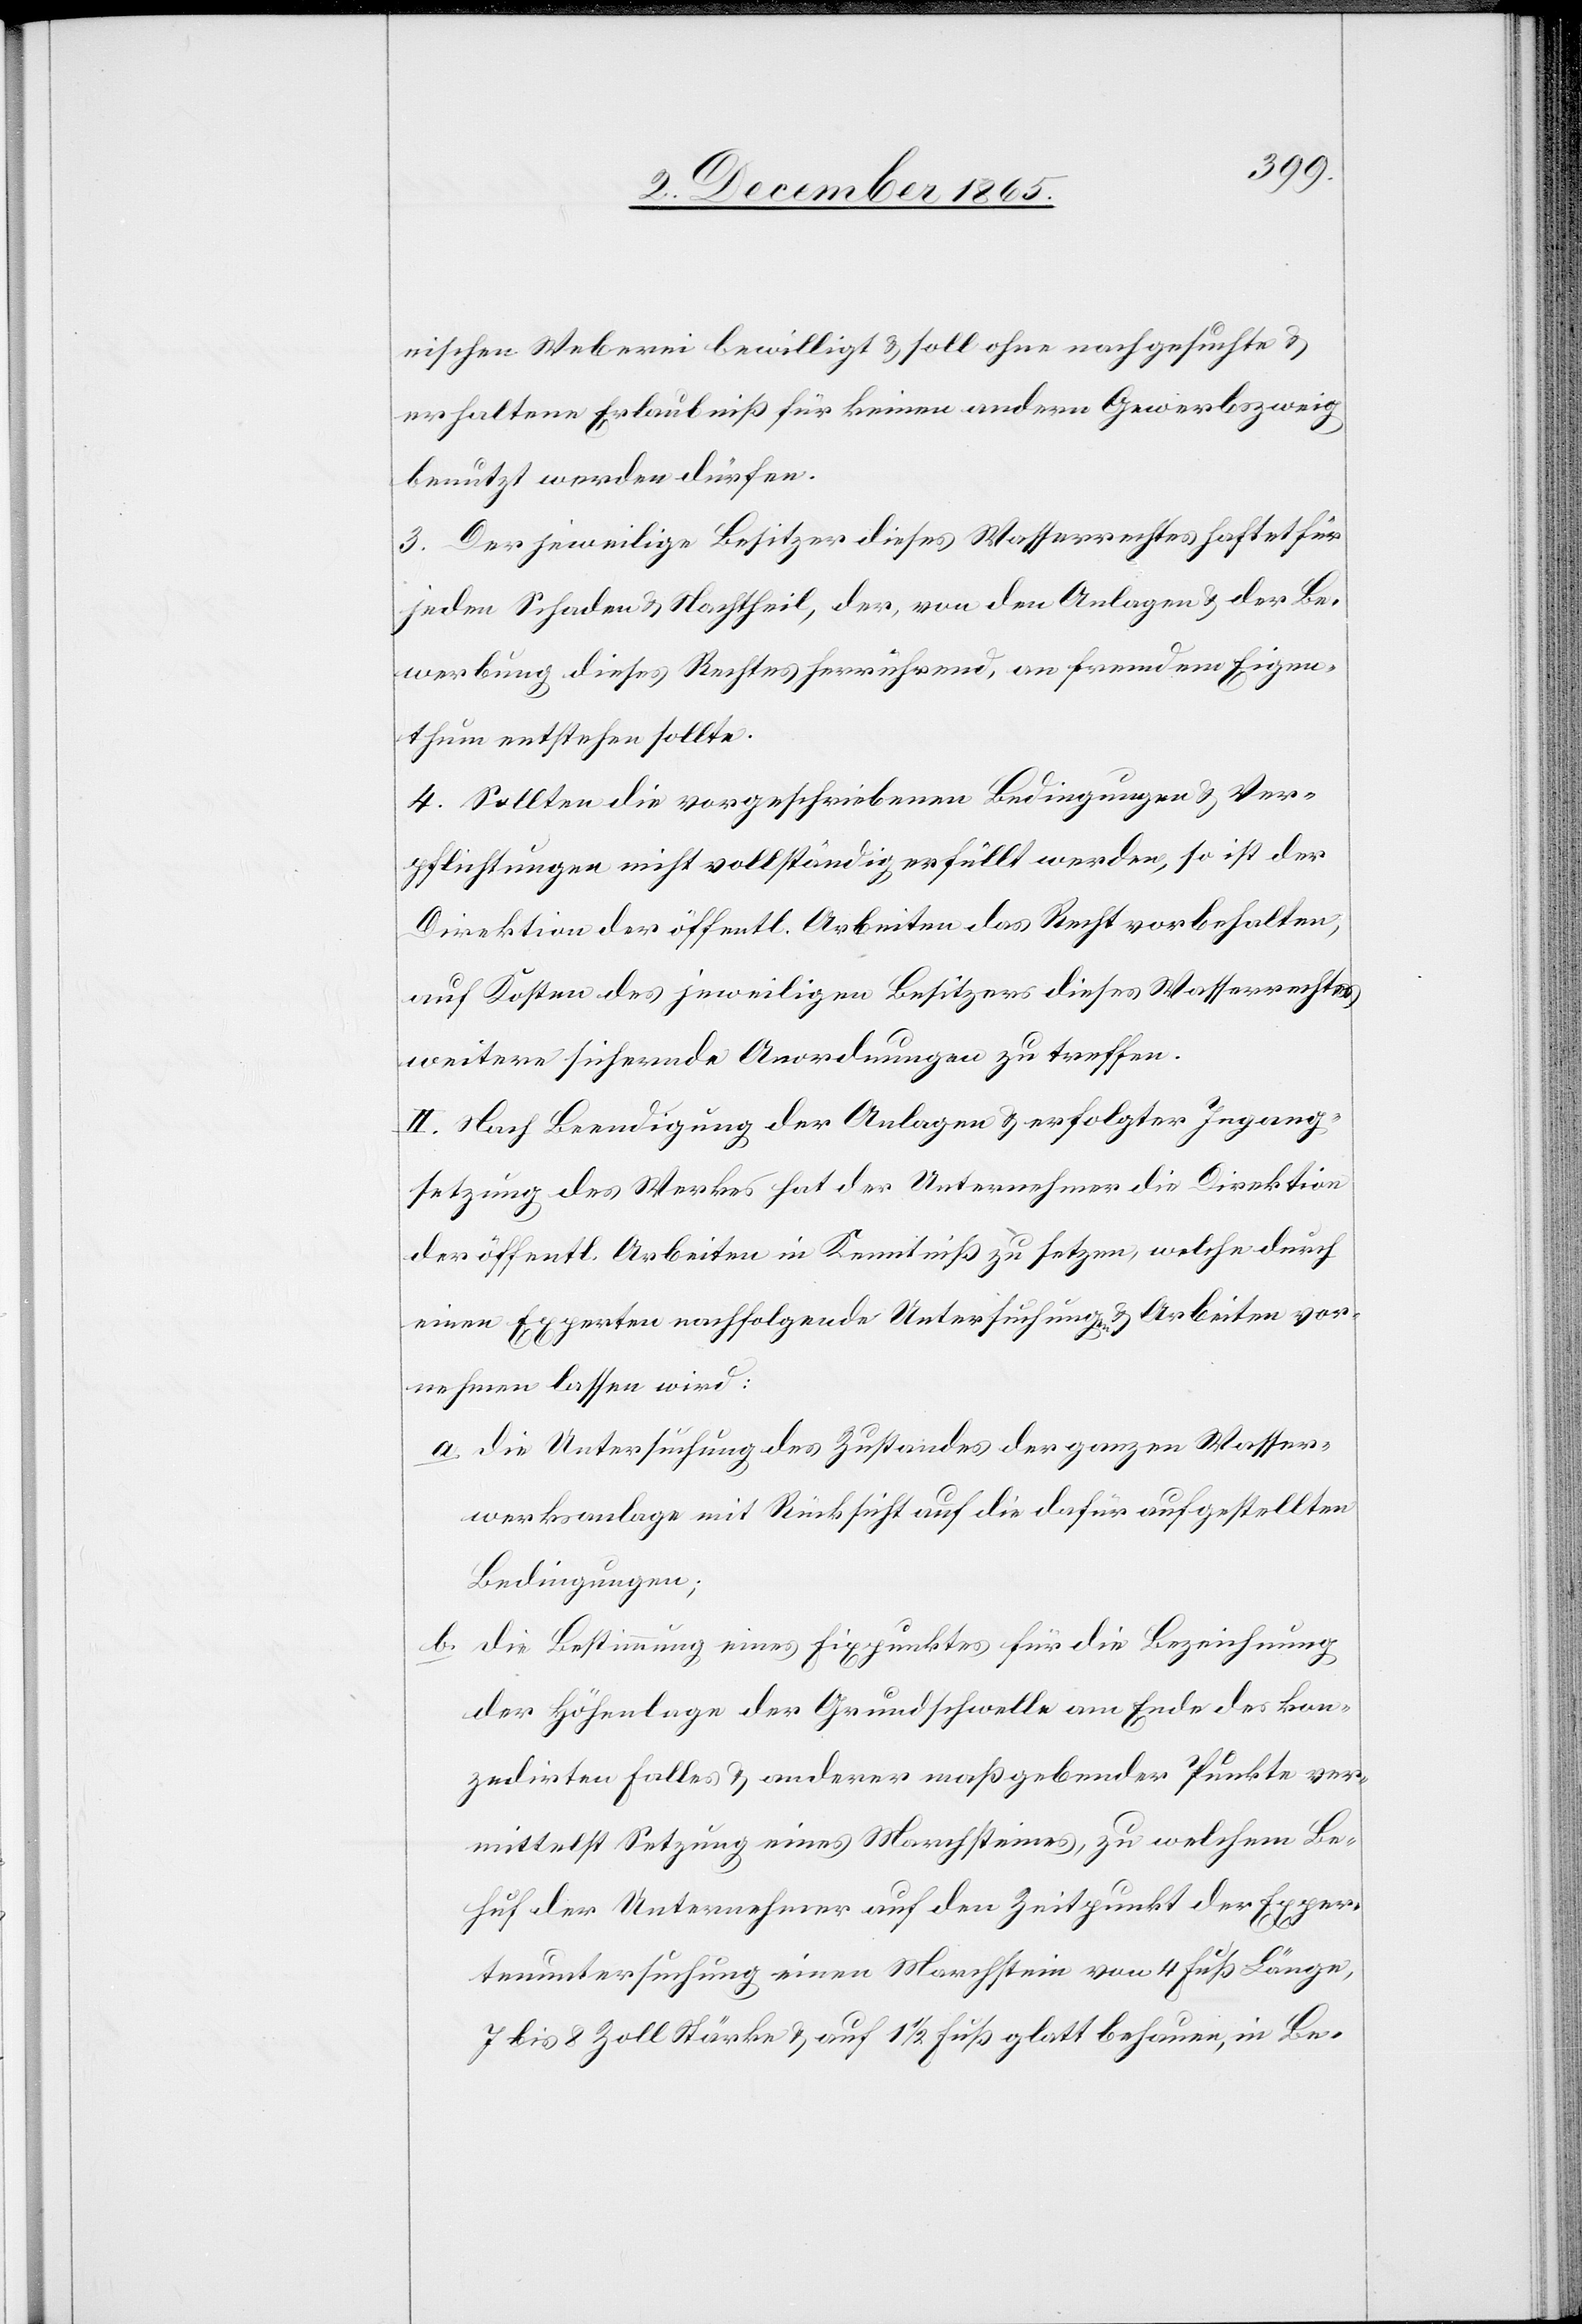
nischen Weberei bewilligt & soll ohne nachgesuchte &
erhaltene Erlaubniß für keinen andern Gewerbszweig
benutzt werden dürfen.
3. Der jeweilige Besitzer dieses Wasserrechtes haftet für
jeden Schaden & Nachtheil, der, von den Anlagen & der Be¬
werbung dieses Rechtes herrührend, an fremdem Eigen¬
thum entstehen sollte.
4. Sollten die vorgeschriebenen Bedingungen & Ver¬
pflichtungen nicht vollständig erfüllt werden, so ist der
Direktion der öffentl. Arbeiten das Recht vorbehalten,
auf Kosten des jeweiligen Besitzers dieses Wasserrechtes
weitere sichernde Anordnungen zu treffen.
II. Nach Beendigung der Anlagen & erfolgter Ingang¬
setzung des Werkes hat der Unternehmer die Direktion
der öffentlichen Arbeiten in Kenntniß zu setzen, welche durch
einen Experten nachfolgende Untersuchungen & Arbeiten vor¬
nehmen lassen wird:
a. Die Untersuchung des Zustandes der ganzen Wasser¬
werksanlage mit Rücksicht auf die dafür aufgestellten
Bedingungen;
b. Die Bestimmung eines Fixpunktes für die Bezeichnung
der Höhenlage der Grundschwelle am Ende des kon¬
zedirten Falles & anderer maßgebender Punkte ver¬
mittelst Setzung eines Marchsteines, zu welchem Be¬
huf der Unternehmer auf den Zeitpunkt der Exper¬
tenuntersuchung einen Marchstein von 4 Fuß Länge,
7 bis 8 Zoll Stärke & auf 11/2 Fuß glatt behauen, in Be-